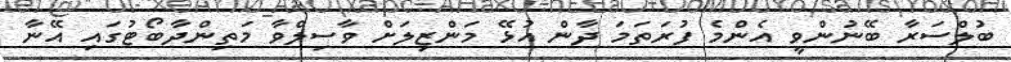
ބުލްސަރާ ބޭނުންވީ އެންމެ ފުރަތަމަ ދާން އުޅޭ މަންޒިލަށް ވާސިލްވާ މަތިންދާބޯޓުގައި އޭނާ